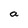
Character: a